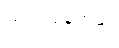
ဘဏ်ဝန်ထမ်း